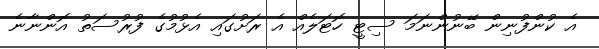
އެ ކުންފުނިން ބޭނުންނަމަ ސިޓީ ހޮޓަލެއް އެ ރަށުގައި އެޅުމުގެ ފުރުސަތު އޮންނާނެ